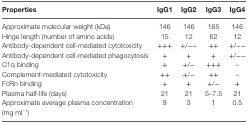
<table><thead><tr><td><b>Properties</b></td><td><b>IgG1</b></td><td><b>IgG2</b></td><td><b>IgG3</b></td><td><b>IgG4</b></td></tr></thead><tbody><tr><td>Approximate molecular weight (kDa)</td><td>146</td><td>146</td><td>165</td><td>146</td></tr><tr><td>Hinge length (number of amino acids)</td><td>15</td><td>12</td><td>62</td><td>12</td></tr><tr><td>Antibody-dependent cell-mediated cytotoxicity</td><td>+++</td><td>+/−−</td><td>++</td><td>+/−−</td></tr><tr><td>Antibody-dependent cell-mediated phagocytosis</td><td>+</td><td>+</td><td>+</td><td>+/−−</td></tr><tr><td>C1q binding</td><td>+</td><td>+/−</td><td>+++</td><td>–</td></tr><tr><td>Complement-mediated cytotoxicity</td><td>++</td><td>+/−</td><td>++</td><td>–</td></tr><tr><td>FcRn binding</td><td>+</td><td>+</td><td>+/−</td><td>+</td></tr><tr><td>Plasma half-life (days)</td><td>21</td><td>21</td><td>5–7.5</td><td>21</td></tr><tr><td>Approximate average plasma concentration (mg ml<sup>−1</sup>)</td><td>9</td><td>3</td><td>1</td><td>0.5</td></tr></tbody></table>